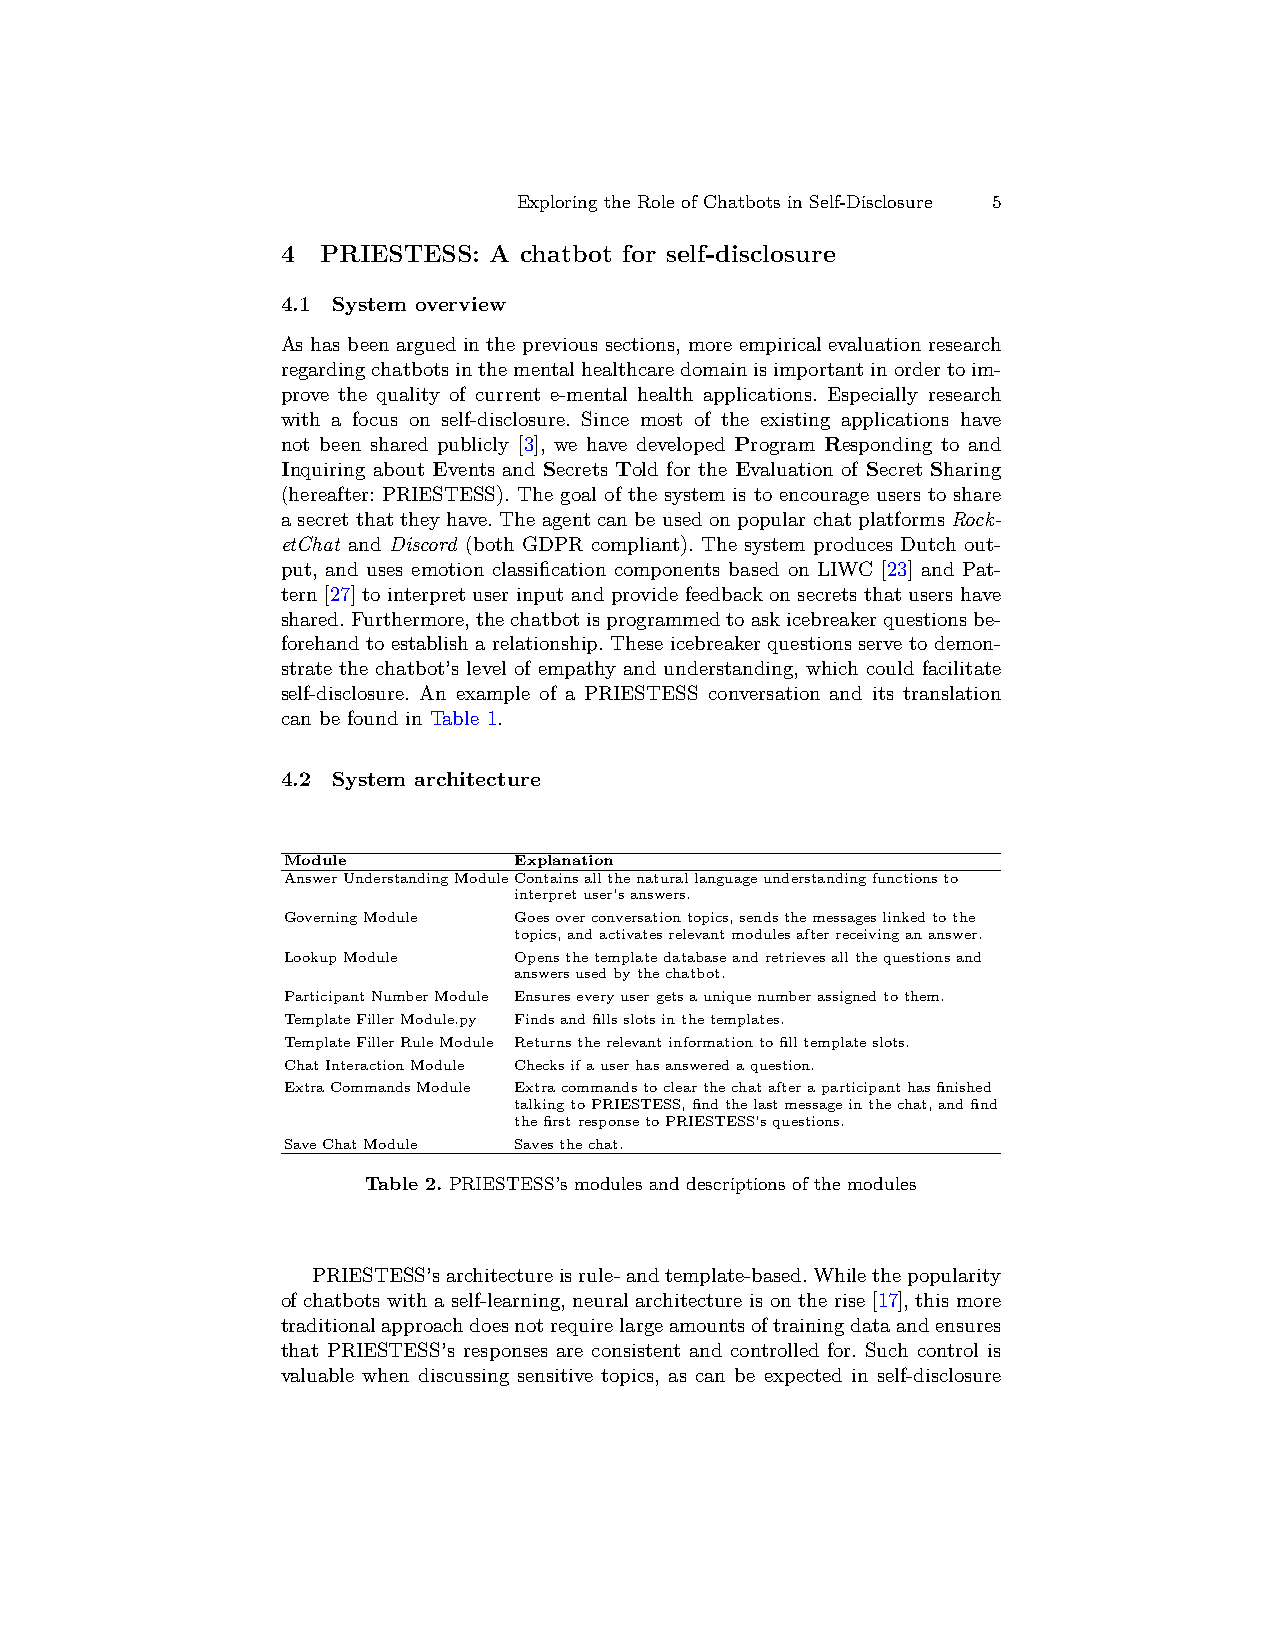
Exploring the Role of Chatbots in Self-Disclosure 5
 4 PRIESTESS: A chatbot for self-disclosure
 4.1 System overview
 As has been argued in the previous sections, more empirical evaluation research
 regardingchatbotsinthementalhealthcaredomainisimportantinordertoim-
 prove the quality of current e-mental health applications. Especially research
 with a focus on self-disclosure. Since most of the existing applications have
 not been shared publicly [3], we have developed Program Responding to and
 Inquiring about Events and Secrets Told for the Evaluation of Secret Sharing
 (hereafter: PRIESTESS). The goal of the system is to encourage users to share
 a secret that they have. The agent can be used on popular chat platforms Rock-
 etChat and Discord (both GDPR compliant). The system produces Dutch out-
 put, and uses emotion classification components based on LIWC [23] and Pat-
 tern [27] to interpret user input and provide feedback on secrets that users have
 shared.Furthermore,thechatbotisprogrammedtoaskicebreakerquestionsbe-
 forehand to establish a relationship. These icebreaker questions serve to demon-
 strate the chatbot’s level of empathy and understanding, which could facilitate
 self-disclosure. An example of a PRIESTESS conversation and its translation
 can be found in Table 1.
 4.2 System architecture
 Module         Explanation
 AnswerUnderstandingModuleContainsallthenaturallanguageunderstandingfunctionsto
 interpretuser’sanswers.
 GoverningModule Goesoverconversationtopics,sendsthemessageslinkedtothe
 topics,andactivatesrelevantmodulesafterreceivingananswer.
 LookupModule   Opensthetemplatedatabaseandretrievesallthequestionsand
 answersusedbythechatbot.
 ParticipantNumberModule Ensureseveryusergetsauniquenumberassignedtothem.
 TemplateFillerModule.py Findsandfillsslotsinthetemplates.
 TemplateFillerRuleModule Returnstherelevantinformationtofilltemplateslots.
 ChatInteractionModule Checksifauserhasansweredaquestion.
 ExtraCommandsModule Extracommandstoclearthechatafteraparticipanthasfinished
 talkingtoPRIESTESS,findthelastmessageinthechat,andfind
 thefirstresponsetoPRIESTESS’squestions.
 SaveChatModule Savesthechat.
 Table 2. PRIESTESS’s modules and descriptions of the modules
 PRIESTESS’sarchitectureisrule-andtemplate-based.Whilethepopularity
 of chatbots with a self-learning, neural architecture is on the rise [17], this more
 traditionalapproachdoesnotrequirelargeamountsoftrainingdataandensures
 that PRIESTESS’s responses are consistent and controlled for. Such control is
 valuable when discussing sensitive topics, as can be expected in self-disclosure